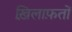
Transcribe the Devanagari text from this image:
ख़िलाफ़तों